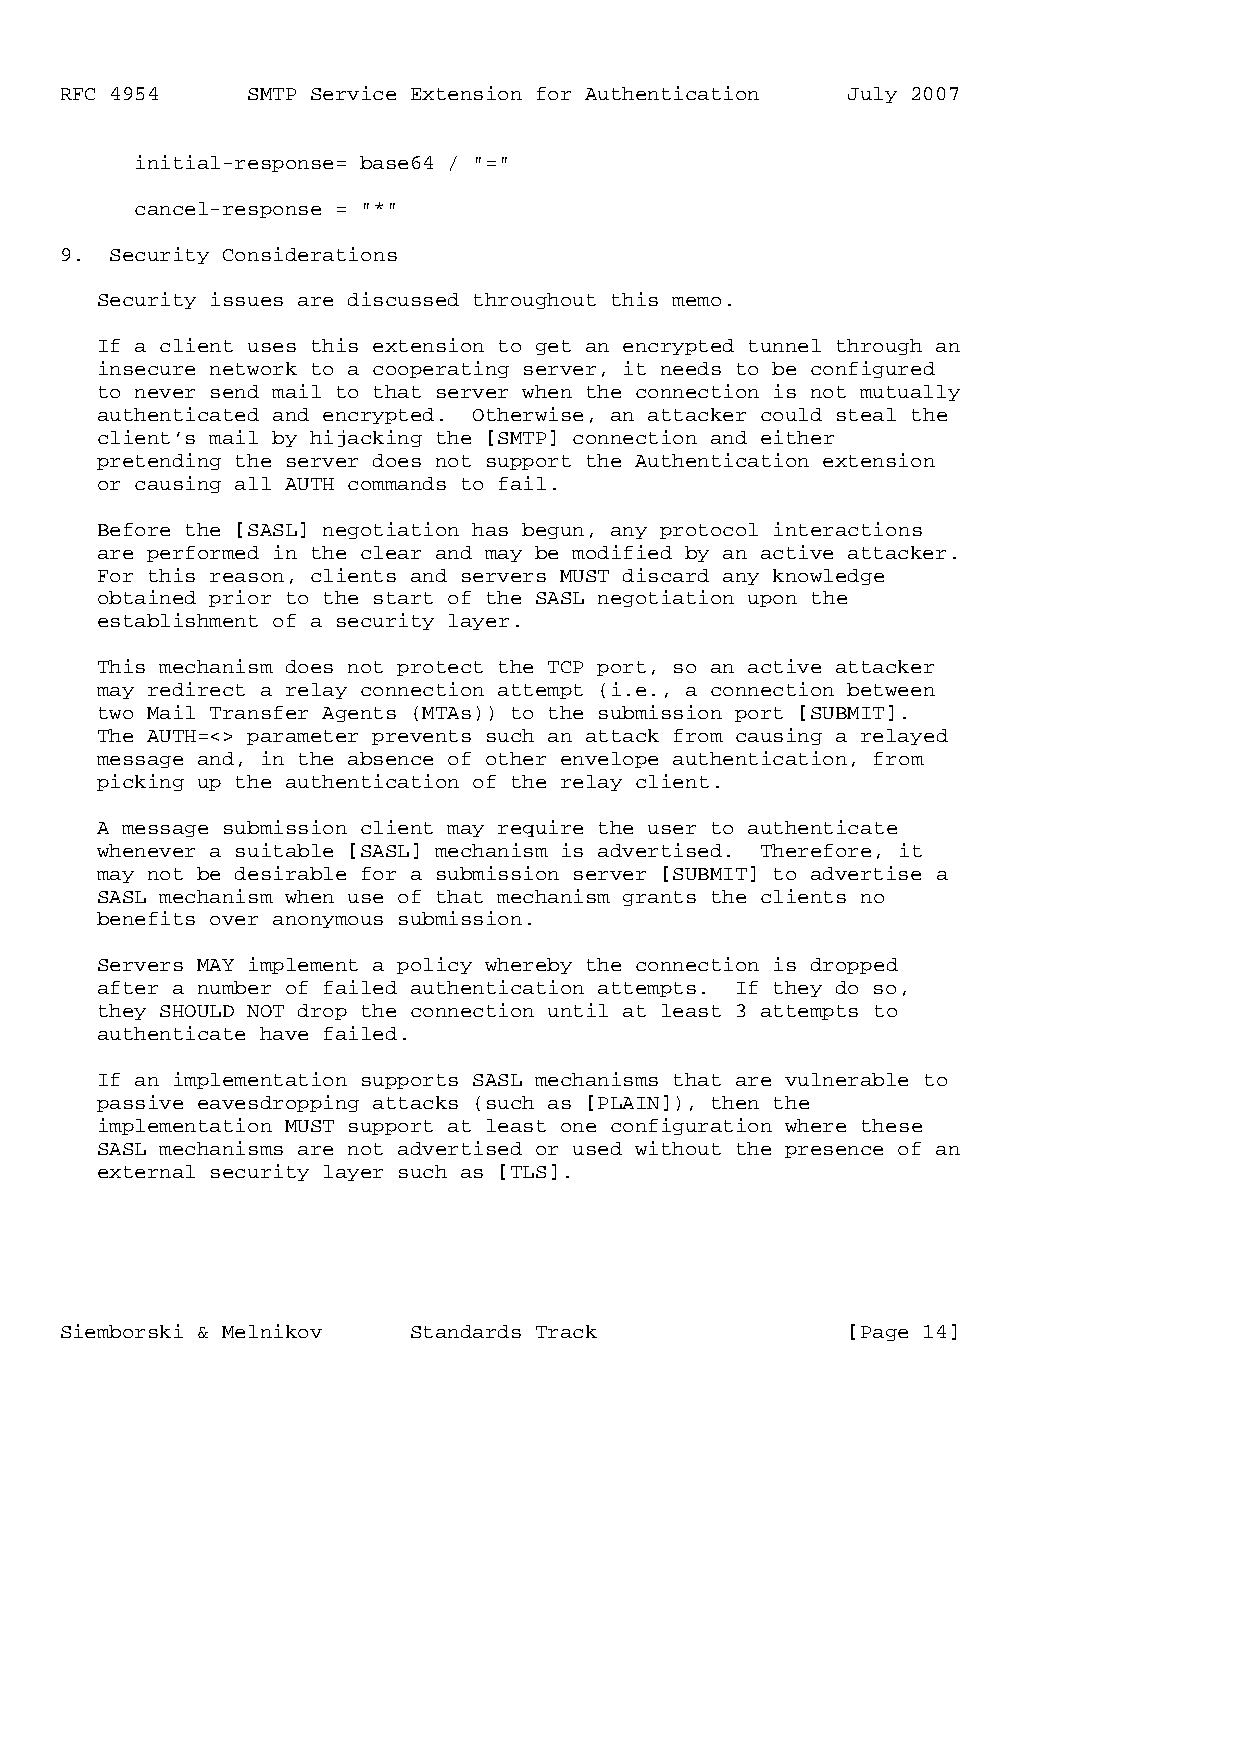
RFC 4954    SMTP Service Extension for Authentication July 2007
 initial-response= base64 / "="
 cancel-response = "*"
 9. Security Considerations
 Security issues are discussed throughout this memo.
 If a client uses this extension to get an encrypted tunnel through an
 insecure network to a cooperating server, it needs to be configured
 to never send mail to that server when the connection is not mutually
 authenticated and encrypted. Otherwise, an attacker could steal the
 client’s mail by hijacking the [SMTP] connection and either
 pretending the server does not support the Authentication extension
 or causing all AUTH commands to fail.
 Before the [SASL] negotiation has begun, any protocol interactions
 are performed in the clear and may be modified by an active attacker.
 For this reason, clients and servers MUST discard any knowledge
 obtained prior to the start of the SASL negotiation upon the
 establishment of a security layer.
 This mechanism does not protect the TCP port, so an active attacker
 may redirect a relay connection attempt (i.e., a connection between
 two Mail Transfer Agents (MTAs)) to the submission port [SUBMIT].
 The AUTH=<> parameter prevents such an attack from causing a relayed
 message and, in the absence of other envelope authentication, from
 picking up the authentication of the relay client.
 A message submission client may require the user to authenticate
 whenever a suitable [SASL] mechanism is advertised. Therefore, it
 may not be desirable for a submission server [SUBMIT] to advertise a
 SASL mechanism when use of that mechanism grants the clients no
 benefits over anonymous submission.
 Servers MAY implement a policy whereby the connection is dropped
 after a number of failed authentication attempts. If they do so,
 they SHOULD NOT drop the connection until at least 3 attempts to
 authenticate have failed.
 If an implementation supports SASL mechanisms that are vulnerable to
 passive eavesdropping attacks (such as [PLAIN]), then the
 implementation MUST support at least one configuration where these
 SASL mechanisms are not advertised or used without the presence of an
 external security layer such as [TLS].
 Siemborski & Melnikov  Standards Track              [Page 14]